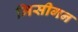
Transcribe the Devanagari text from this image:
मिसीगन